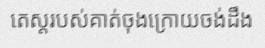
តេស្តរបស់គាត់ចុងក្រោយចង់ដឹង